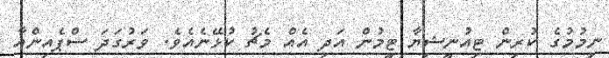
ނިމުމުގެ ކުރިން ޓިއުނީޝިޔާ ޓީމުން އަދި އެއް މެޗު ކުޅޭނެއެވެ. ވަރުގަދަ ސްޕެއިންއާ